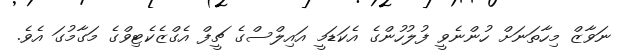
ނަވާޒް މިހާތަނަށް ހުންނެވީ ފުލުހުންގެ އެކަޑަމީ އައިލްސްގެ ޗީފް އެގްޒެކެޓިވްގެ މަގާމުގަ އެވެ.